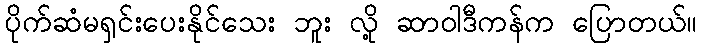
ပိုက်ဆံမရှင်းပေးနိုင်သေး ဘူး လို့ ဆာဝါဒီကန်က ပြောတယ်။